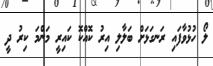
ލޯ ހުޅުވާފައި ރަނގަޅަށް ބަލާލި އިރު ކޮއްކޮ ކައިރީ މަންމަ ކިރު ދީ